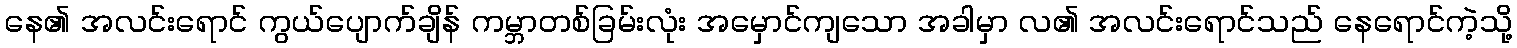
နေ၏ အလင်းရောင် ကွယ်ပျောက်ချိန် ကမ္ဘာတစ်ခြမ်းလုံး အမှောင်ကျသော အခါမှာ လ၏ အလင်းရောင်သည် နေရောင်ကဲ့သို့